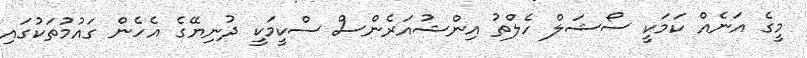
މީގެ އަނެއް ކަމަކީ ސޯޝަލް ހެލްތު އިންޝުއަރެންސް ސްކީމަކީ ދުނިޔޭގެ އެހެން ގައުމުތަކުގައި